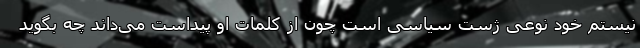
نیستم خود نوعی ژست سیاسی است چون از کلمات او پیداست می‌داند چه بگوید